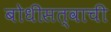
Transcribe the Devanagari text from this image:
बोधीसत्वाची